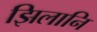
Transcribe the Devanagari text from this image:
झिलानि